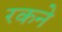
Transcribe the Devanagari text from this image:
रकने